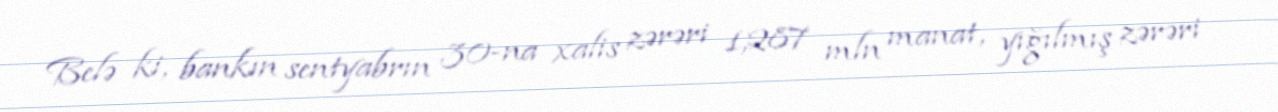
Belə ki, bankın sentyabrın 30-na xalis zərəri 1,287 mln manat, yığılmış zərəri